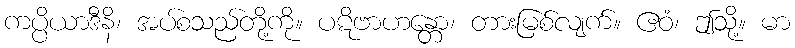
ကပ္ပိယာဒီနိ၊ အပ်စသည်တို့ကို။ ပဋိဗာဟန္တော၊ တားမြစ်လျက်။ ဧဝံ၊ ဤသို့။ မာ